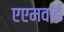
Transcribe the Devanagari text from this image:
एएमवाई